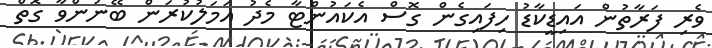
ވެރި ފަރާތުން އައިޑީކާޑު ހިފައިގެން ގޮސް އެކައުންޓާ މެދު އަމަލުކުރަން ބޭނުންވާ ގޮތް